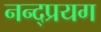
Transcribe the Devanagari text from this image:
नन्द्प्रयग